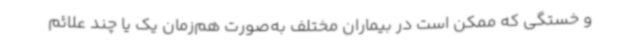
و خستگی که ممکن است در بیماران مختلف به‌صورت هم‌زمان یک یا چند علائم